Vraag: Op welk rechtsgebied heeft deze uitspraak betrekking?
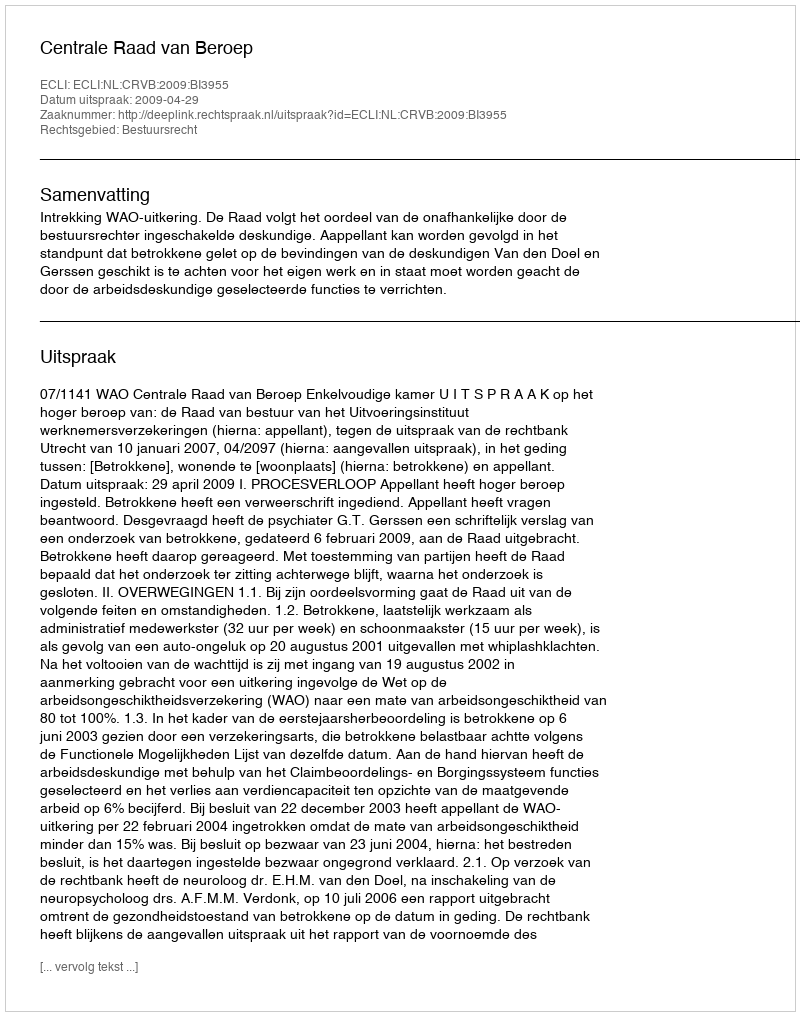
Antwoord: Bestuursrecht